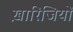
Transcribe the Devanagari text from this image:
ख़ारिजियों